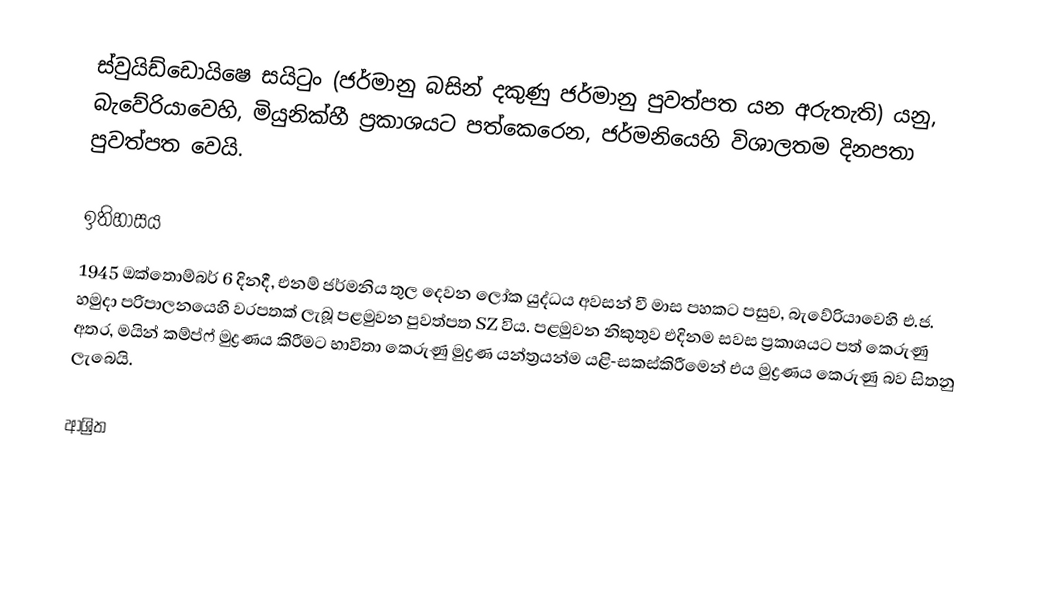
ස්වුයිඩ්ඩොයිෂෙ සයිටුං  (ජර්මානු බසින් දකුණු ජර්මානු පුවත්පත යන අරුතැති) යනු, බැවේරියාවෙහි, මියුනික්හී ප්‍රකාශයට පත්කෙරෙන,  ජර්මනියෙහි විශාලතම දිනපතා පුවත්පත වෙයි.

ඉතිහාසය
1945 ඔක්තොම්බර් 6 දිනදී, එනම් ජර්මනිය තුල දෙවන ලෝක යුද්ධය අවසන් වී මාස පහකට පසුව, බැවේරියාවෙහි එ.ජ. හමුදා පරිපාලනයෙහි වරපතක් ලැබූ පළමුවන පුවත්පත SZ විය. පළමුවන නිකුතුව එදිනම සවස ප්‍රකාශයට පත් කෙරුණු අතර, මයින් කම්ප්ෆ් මුද්‍රණය කිරීමට භාවිතා කෙරුණු මුද්‍රණ යන්ත්‍රයන්ම යළි-සකස්කිරීමෙන් එය මුද්‍රණය කෙරුණු බව සිතනු ලැබෙයි.

ආශ්‍රිත